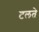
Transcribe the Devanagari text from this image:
टलते